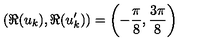
\left( \Re ( u _ { k } ) , \Re ( u _ { k } ^ { \prime } ) \right) = \left( - \frac { \pi } { 8 } , \frac { 3 \pi } { 8 } \right)